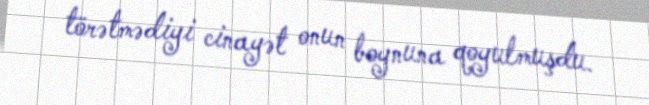
törətmədiyi cinayət onun boynuna qoyulmuşdu.